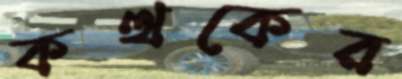
কত্থকের